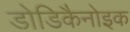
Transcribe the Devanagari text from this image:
डोडिकैनोइक